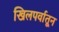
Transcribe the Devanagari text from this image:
खिलपर्वातून